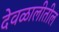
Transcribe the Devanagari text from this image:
देवळालीतील